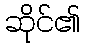
ဆိုင်၏